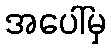
အပေါ်မှ